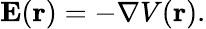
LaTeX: \mathbf{E}(\mathbf{r})=-\nabla V(\mathbf{r}).